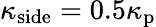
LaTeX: \kappa_{\mathrm{side}}=0.5\kappa_{\mathrm{p}}